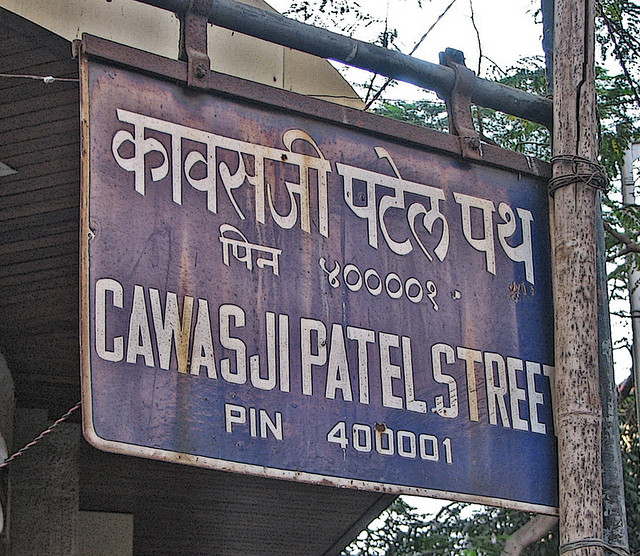
Language: hindi
Transcription: पथ पिन ४००००१ कावसजी पटेल